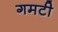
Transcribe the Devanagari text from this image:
गमटी